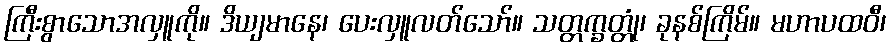
ကြီးစွာသောအလှူကို။ ဒိယျမာနေ၊ ပေးလှူလတ်သော်။ သတ္တက္ခတ္တုံ၊ ခုနစ်ကြိမ်။ မဟာပထဝီ၊